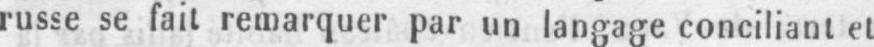
russe se fait remarquer par un langage conciliant et